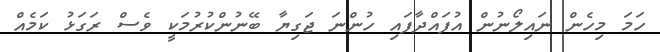
ހަމަ މިހެން ނައިލޯނުން އުފައްދާފައި ހުންނަ ޖަގިޔާ ބޭނުންކުރުމަކީ ވެސް ރަގަޅު ކަމެއް